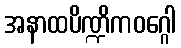
အနာထပိဏ္ဍိကဝဂ္ဂေါ